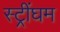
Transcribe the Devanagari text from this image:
स्ट्रींघम